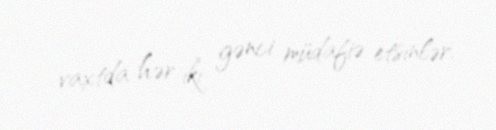
vaxtda hər iki gənci müdafiə etsinlər.